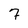
Character: 7